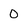
Character: 0